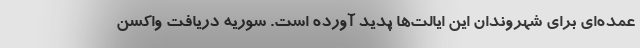
عمده‌ای برای شهروندان این ایالت‌ها پدید آورده است. سوریه دریافت واکسن